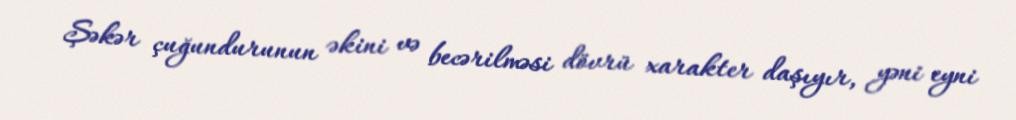
Şəkər çuğundurunun əkini və becərilməsi dövrü xarakter daşıyır, yəni eyni